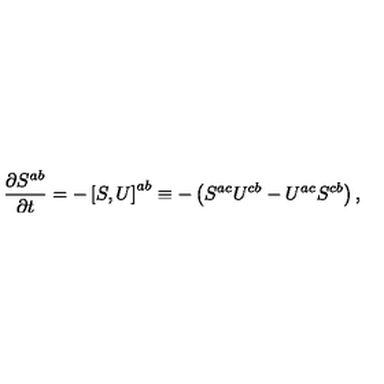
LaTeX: \frac { \partial S ^ { a b } } { \partial t } = - \left[ S , U \right] ^ { a b } \equiv - \left( S ^ { a c } U ^ { c b } - U ^ { a c } S ^ { c b } \right) ,